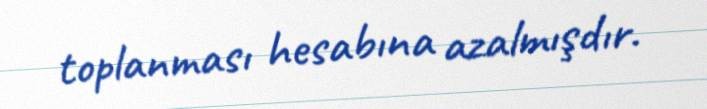
toplanması hesabına azalmışdır.